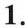
1.